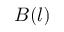
B ( l )